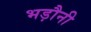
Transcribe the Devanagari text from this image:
भड़ौनी